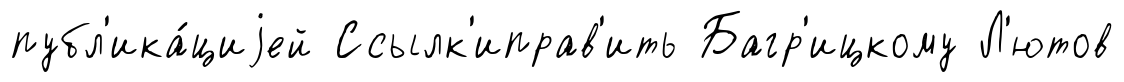
публ'ика́циjей Ссылк'иправ'ить Багр'ицкому Л'ютов